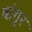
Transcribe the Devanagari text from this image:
बांगुर